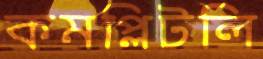
কমপ্লিটলি